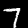
Label: 7